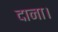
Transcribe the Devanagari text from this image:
दाना।